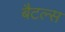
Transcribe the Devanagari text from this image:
बैटल्स